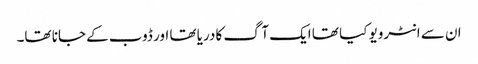
ان سے انٹرویو کیا تھا ایک آگ کا دریا تھا اور ڈوب کے جانا تھا۔